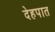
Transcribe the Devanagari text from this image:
देहपात